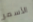
الأسمر